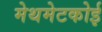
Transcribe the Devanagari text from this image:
मेथमेटकोई